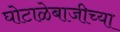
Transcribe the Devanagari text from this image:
घोटाळेबाजीच्या